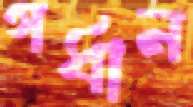
গর্ধান